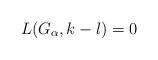
LaTeX: \begin{align*} L(G_\alpha, k-l)=0\end{align*}